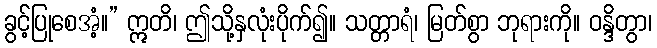
ခွင့်ပြုစေအံ့။” ဣတိ၊ ဤသို့နှလုံးပိုက်၍။ သတ္တာရံ၊ မြတ်စွာ ဘုရားကို။ ဝန္ဒိတွာ၊